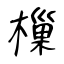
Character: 樔